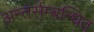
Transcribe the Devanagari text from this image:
अन्तर्सम्बन्धित